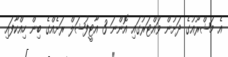
އެ މަޝްރޫއުގެ ދަށުން ވައްޓަރުގައި އޮންނަ 3 އާޓީފުޝަލް ރަށެއްގެ ބިން ހިއްކާފައި